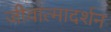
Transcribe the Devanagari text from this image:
जीवात्मादर्शन